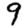
Digit: 9